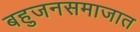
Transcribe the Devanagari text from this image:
बहुजनसमाजात